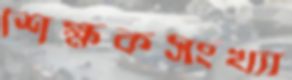
শিক্ষকসংখ্যা